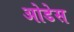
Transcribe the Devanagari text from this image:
ओडेस